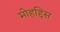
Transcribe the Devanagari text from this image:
मोहद्दिस